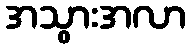
အသွားအလာ